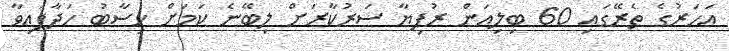
އަހަރުގެ ތެރޭގައި 60 ބިލިއަން ރުފިޔާ ސަރުކާރަށް ލިބޭނެ ކަމަށް ހިސާބު ހަދާފައިވާ